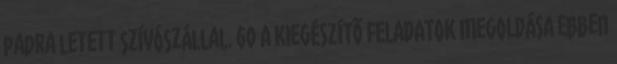
padra letett szívószállal. 60 A KIEGÉSZÍTÕ FELADATOK MEGOLDÁSA Ebben